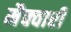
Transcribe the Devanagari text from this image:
मैक्वारी